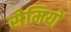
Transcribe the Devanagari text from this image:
सेमियों